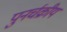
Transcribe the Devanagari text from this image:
पुनर्चक्रीय